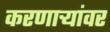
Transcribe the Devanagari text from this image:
करणाऱ्यांवर